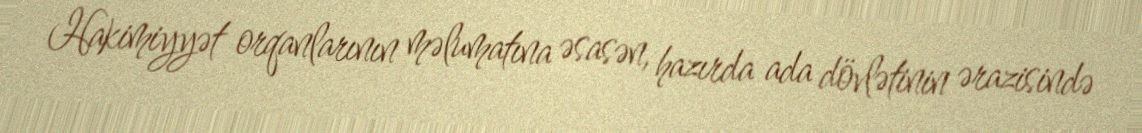
Hakimiyyət orqanlarının məlumatına əsasən, hazırda ada dövlətinin ərazisində